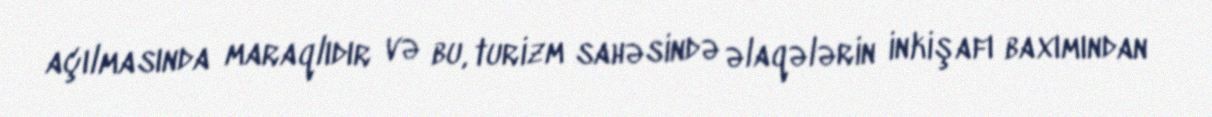
açılmasında maraqlıdır və bu, turizm sahəsində əlaqələrin inkişafı baxımından